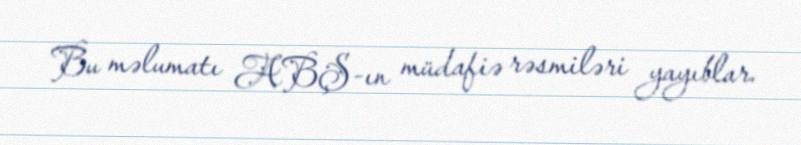
Bu məlumatı ABŞ-ın müdafiə rəsmiləri yayıblar.